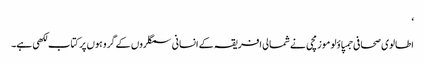
‘
اطالوی صحافی جمپاؤلو موزمچی نے شمالی افریقہ کے انسانی سمگلروں کے گروہوں پر کتاب لکھی ہے۔